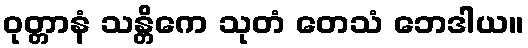
ဝုတ္တာနံ သန္တိကေ သုတံ တေသံ ဘေဒါယ။